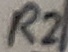
Text: R2